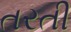
તરતી